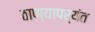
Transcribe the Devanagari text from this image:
ठाण्यापर्यंत